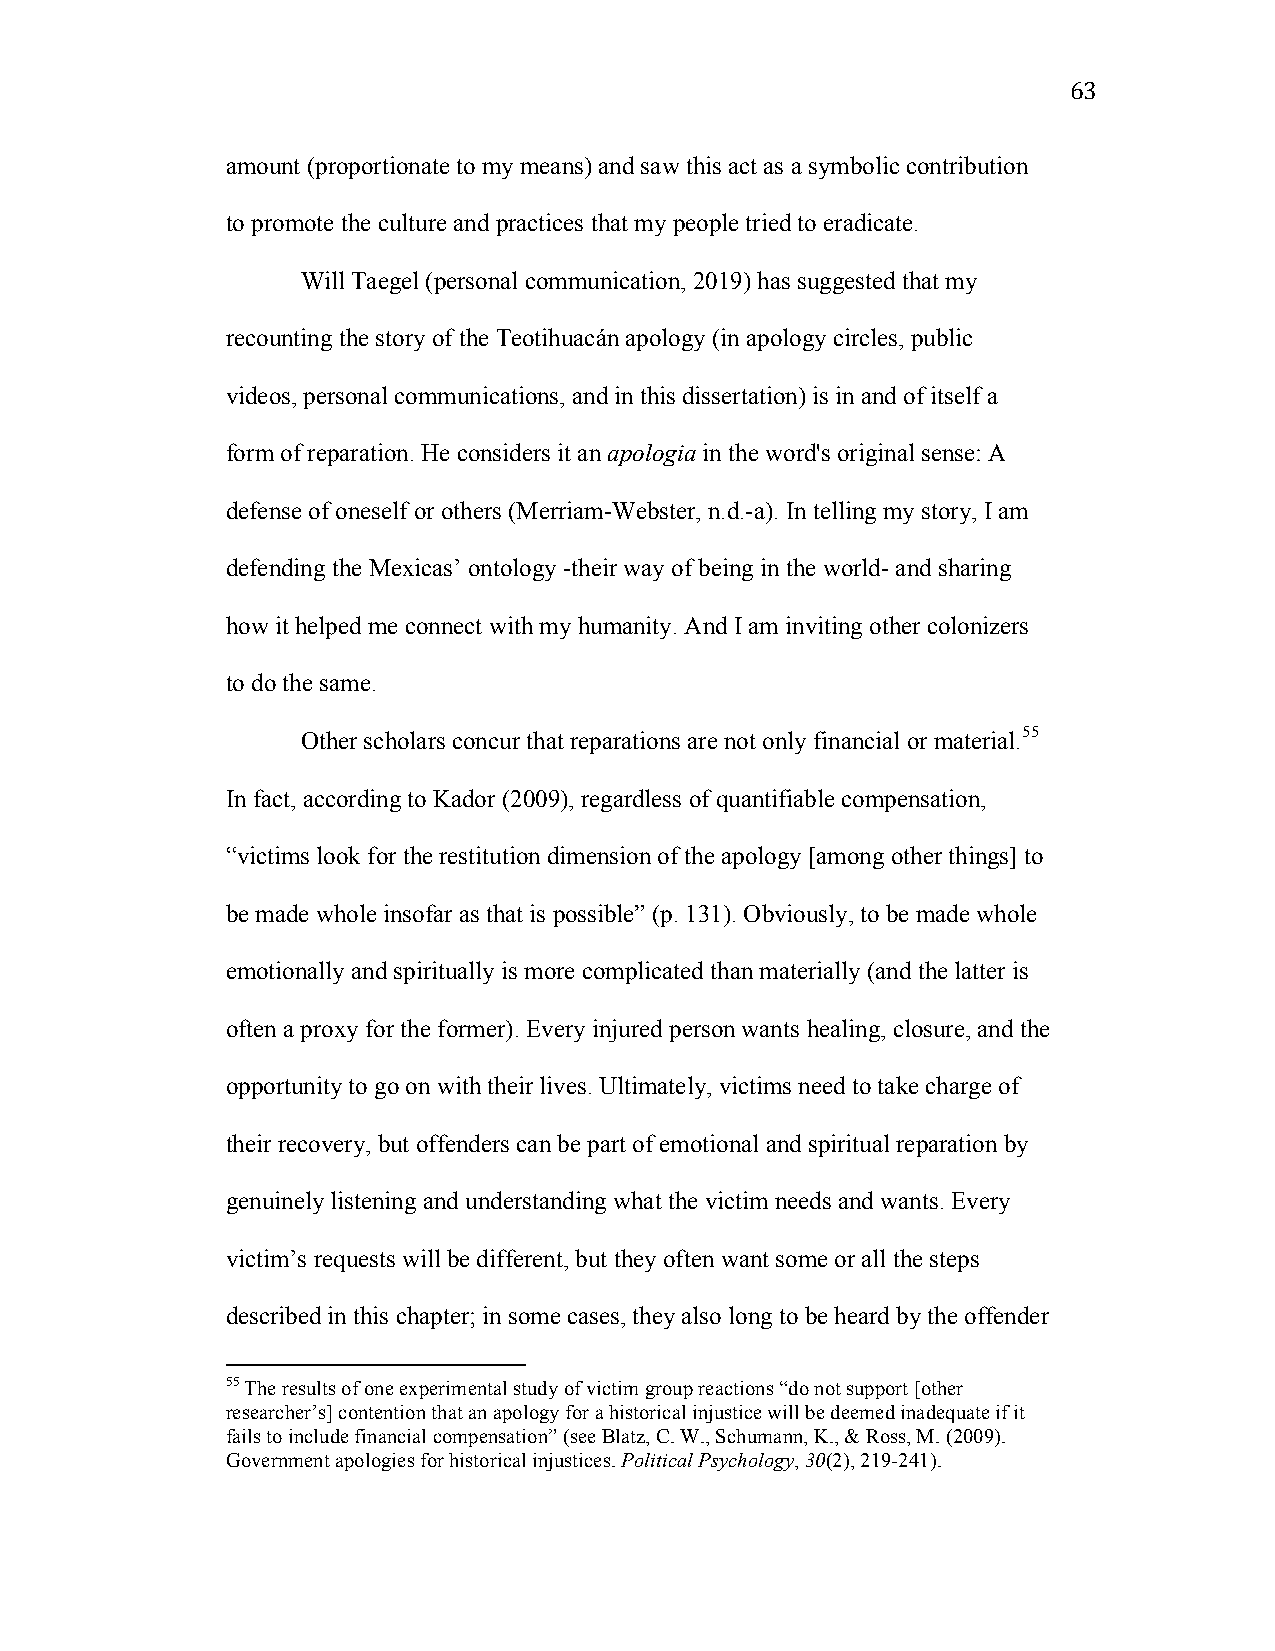
63
 amount (proportionate to my means) and saw this act as a symbolic contribution
 to promote the culture and practices that my people tried to eradicate.
 Will Taegel (personal communication, 2019) has suggested that my
 recounting the story of the Teotihuacán apology (in apology circles, public
 videos, personal communications, and in this dissertation) is in and of itself a
 form of reparation. He considers it an apologia in the word's original sense: A
 defense of oneself or others (Merriam-Webster, n.d.-a). In telling my story, I am
 defending the Mexicas’ ontology -their way of being in the world- and sharing
 how it helped me connect with my humanity. And I am inviting other colonizers
 to do the same.
 Other scholars concur that reparations are not only financial or material.55
 In fact, according to Kador (2009), regardless of quantifiable compensation,
 “victims look for the restitution dimension of the apology [among other things] to
 be made whole insofar as that is possible” (p. 131). Obviously, to be made whole
 emotionally and spiritually is more complicated than materially (and the latter is
 often a proxy for the former). Every injured person wants healing, closure, and the
 opportunity to go on with their lives. Ultimately, victims need to take charge of
 their recovery, but offenders can be part of emotional and spiritual reparation by
 genuinely listening and understanding what the victim needs and wants. Every
 victim’s requests will be different, but they often want some or all the steps
 described in this chapter; in some cases, they also long to be heard by the offender
 55 The results of one experimental study of victim group reactions “do not support [other
 researcher’s] contention that an apology for a historical injustice will be deemed inadequate if it
 fails to include financial compensation” (see Blatz, C. W., Schumann, K., & Ross, M. (2009).
 Government apologies for historical injustices. Political Psychology, 30(2), 219-241).